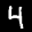
Label: 4